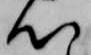
心